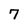
Character: 7